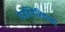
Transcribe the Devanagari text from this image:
पेउतिंगेरियाना